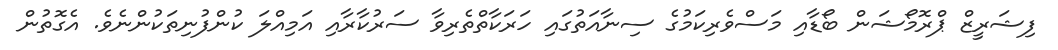
ފިޝަރީޒް ޕްރޮމޯޝަން ބޯޑާއި މަސްވެރިކަމުގެ ސިނާއަތުގައި ހަރަކާތްތެރިވާ ސަރުކާރާއި އަމިއްލަ ކުންފުނިތަކުންނެވެ. އެގޮތުން